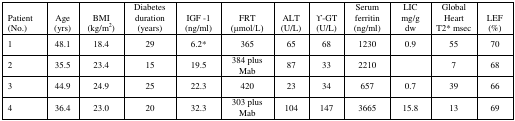
| Patient (No.) | Age (yrs) | BMI (kg/m2) | Diabetes duration (years) | IGF-1 (ng/ml) | FRT (μmol/L) | ALT (U/L) | γ-GT (U/L) | Serum ferritin (ng/ml) | LIC mg/g dw | Global Heart T2* msec | LEF (%) |
 | --- | --- | --- | --- | --- | --- | --- | --- | --- | --- | --- | --- |
 | 1 | 48.1 | 18.4 | 29 | 6.2* | 365 | 65 | 68 | 1230 | 0.9 | 55 | 70 |
 | 2 | 35.5 | 23.4 | 15 | 19.5 | 384 plus Mab | 87 | 33 | 2210 |  | 7 | 68 |
 | 3 | 44.9 | 24.9 | 25 | 22.3 | 420 | 23 | 34 | 657 | 0.7 | 39 | 66 |
 | 4 | 36.4 | 23.0 | 20 | 32.3 | 303 plus Mab | 104 | 147 | 3665 | 15.8 | 13 | 69 |